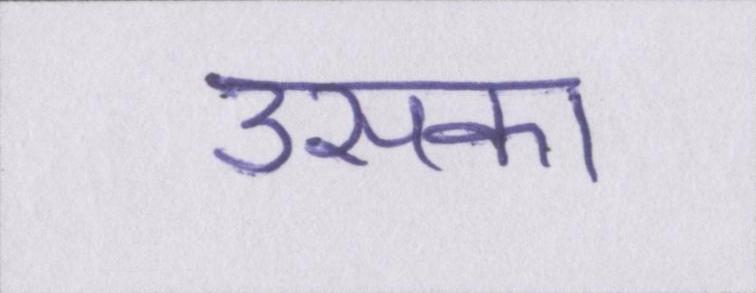
उसका